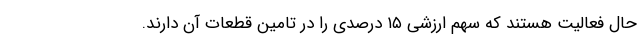
حال فعالیت هستند که سهم ارزشی ۱۵ درصدی را در تامین قطعات آن دارند.